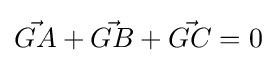
{\vec {GA}}+{\vec {GB}}+{\vec {GC}}=0